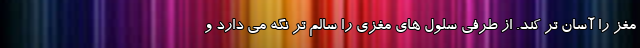
مغز را آسان تر کند. از طرفی سلول های مغزی را سالم تر نگه می دارد و